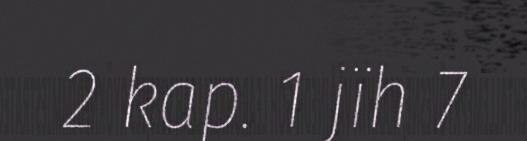
2 kap. 1 jïh 7